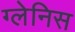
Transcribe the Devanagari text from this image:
ग्लेनिस